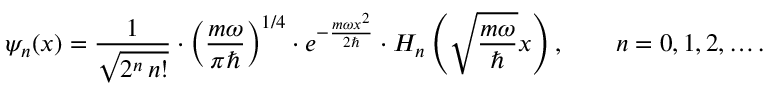
\psi _ { n } ( x ) = { \frac { 1 } { \sqrt { 2 ^ { n } \, n ! } } } \cdot \left( { \frac { m \omega } { \pi \hbar } } \right) ^ { 1 / 4 } \cdot e ^ { - { \frac { m \omega x ^ { 2 } } { 2 \hbar } } } \cdot H _ { n } \left( { \sqrt { \frac { m \omega } { \hbar } } } x \right) , \qquad n = 0 , 1 , 2 , \ldots .